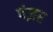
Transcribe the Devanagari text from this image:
पंज़र